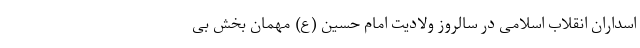
اسداران انقلاب اسلامی در سالروز ولادیت امام حسین (ع) مهمان بخش بی